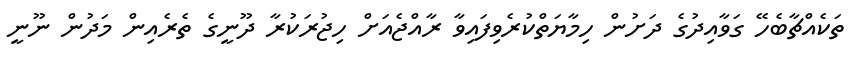
ތަކެއްޗާބެހޭ ގަވާއިދުގެ ދަށުން ހިމާޔަތްކުރެވިފައިވާ ރާއްޖެއަށް ހިޖުރަކުރާ ދޫނީގެ ތެރެއިން މަދުން ނޫނީ